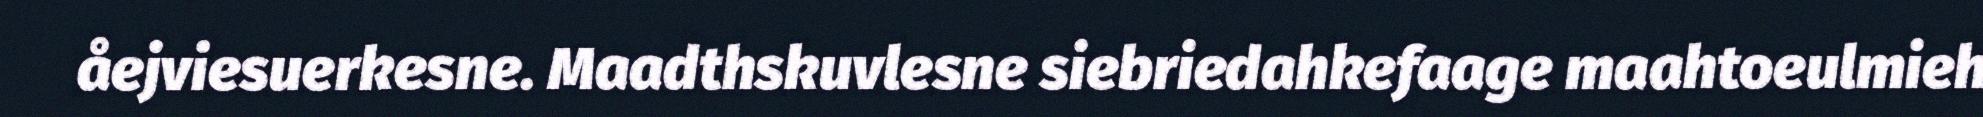
åejviesuerkesne. Maadthskuvlesne siebriedahkefaage maahtoeulmieh